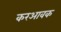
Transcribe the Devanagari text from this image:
करआवक